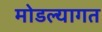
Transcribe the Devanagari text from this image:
मोडल्यागत